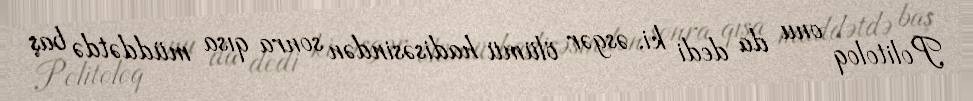
Politoloq onu da dedi ki, əsgər ölümü hadisəsindən sonra qısa müddətdə baş